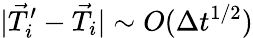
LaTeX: |\vec{T}_{i}^{\prime}-\vec{T}_{i}|\sim O(\Delta t^{1/2})